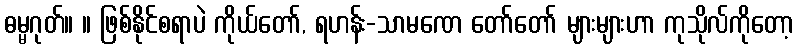
ဓမ္မဂုတ်။ ။ ဖြစ်နိုင်စရာပဲ ကိုယ်တော်, ရဟန်း-သာမဏေ တော်တော် များများဟာ ကုသိုလ်ကိုတော့